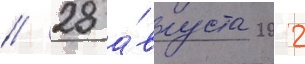
// 28 а́вгуста 2012